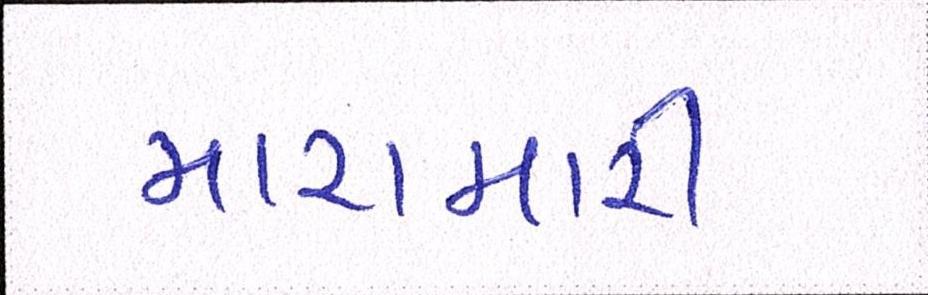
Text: મારામારી